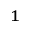
^ 1